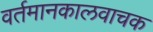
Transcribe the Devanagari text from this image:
वर्तमानकालवाचक